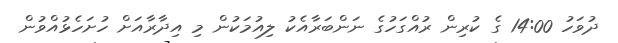
ދުވަހު 14:00 ގެ ކުރިން ރުއްގަހުގެ ނަންބަރާއެކު ލިއުމަކުން މި އިދާރާއަށް ހުށަހެޅުއްވުން